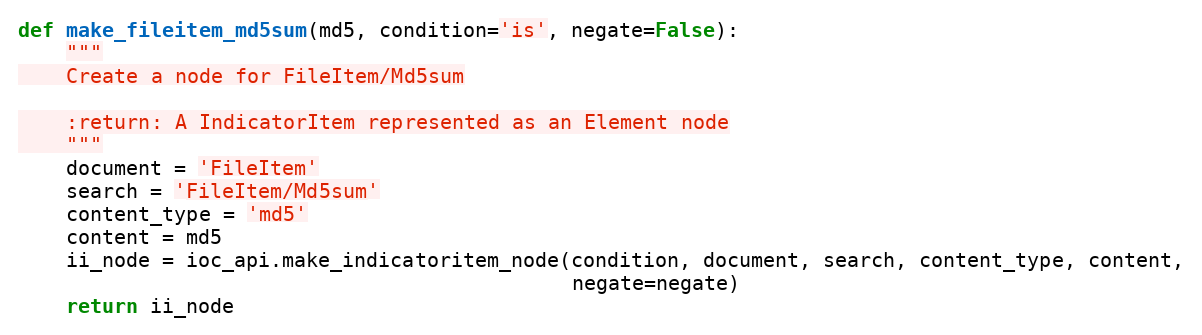
Language: Python
def make_fileitem_md5sum(md5, condition='is', negate=False):
    """
    Create a node for FileItem/Md5sum

    :return: A IndicatorItem represented as an Element node
    """
    document = 'FileItem'
    search = 'FileItem/Md5sum'
    content_type = 'md5'
    content = md5
    ii_node = ioc_api.make_indicatoritem_node(condition, document, search, content_type, content,
                                              negate=negate)
    return ii_node